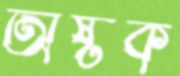
অষ্টক